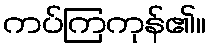
ကပ်ကြကုန်၏။